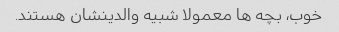
خوب، بچه ها معمولا شبیه والدینشان هستند.